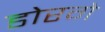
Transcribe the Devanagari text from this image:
डोरगे